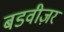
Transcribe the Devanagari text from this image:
बडवीज़र